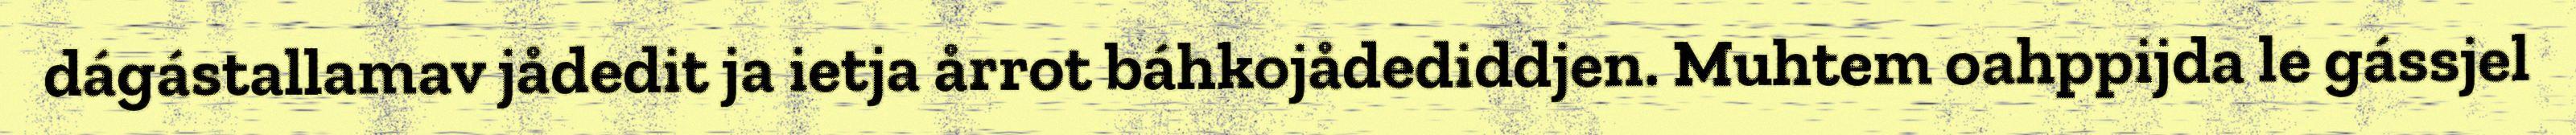
dágástallamav jådedit ja ietja årrot báhkojådediddjen. Muhtem oahppijda le gássjel